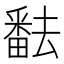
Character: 𤳖